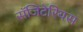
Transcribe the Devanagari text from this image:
सॅजिटेरियस